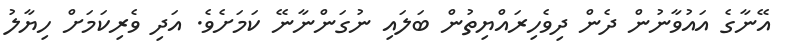
އޭނާގެ އައުވާނުން ދެން ދިވެހިރައްޔިތުން ބަލައި ނުގަންނާނޭ ކަމަށެވެ. އަދި ވެރިކަމަށް ހިޔާލު